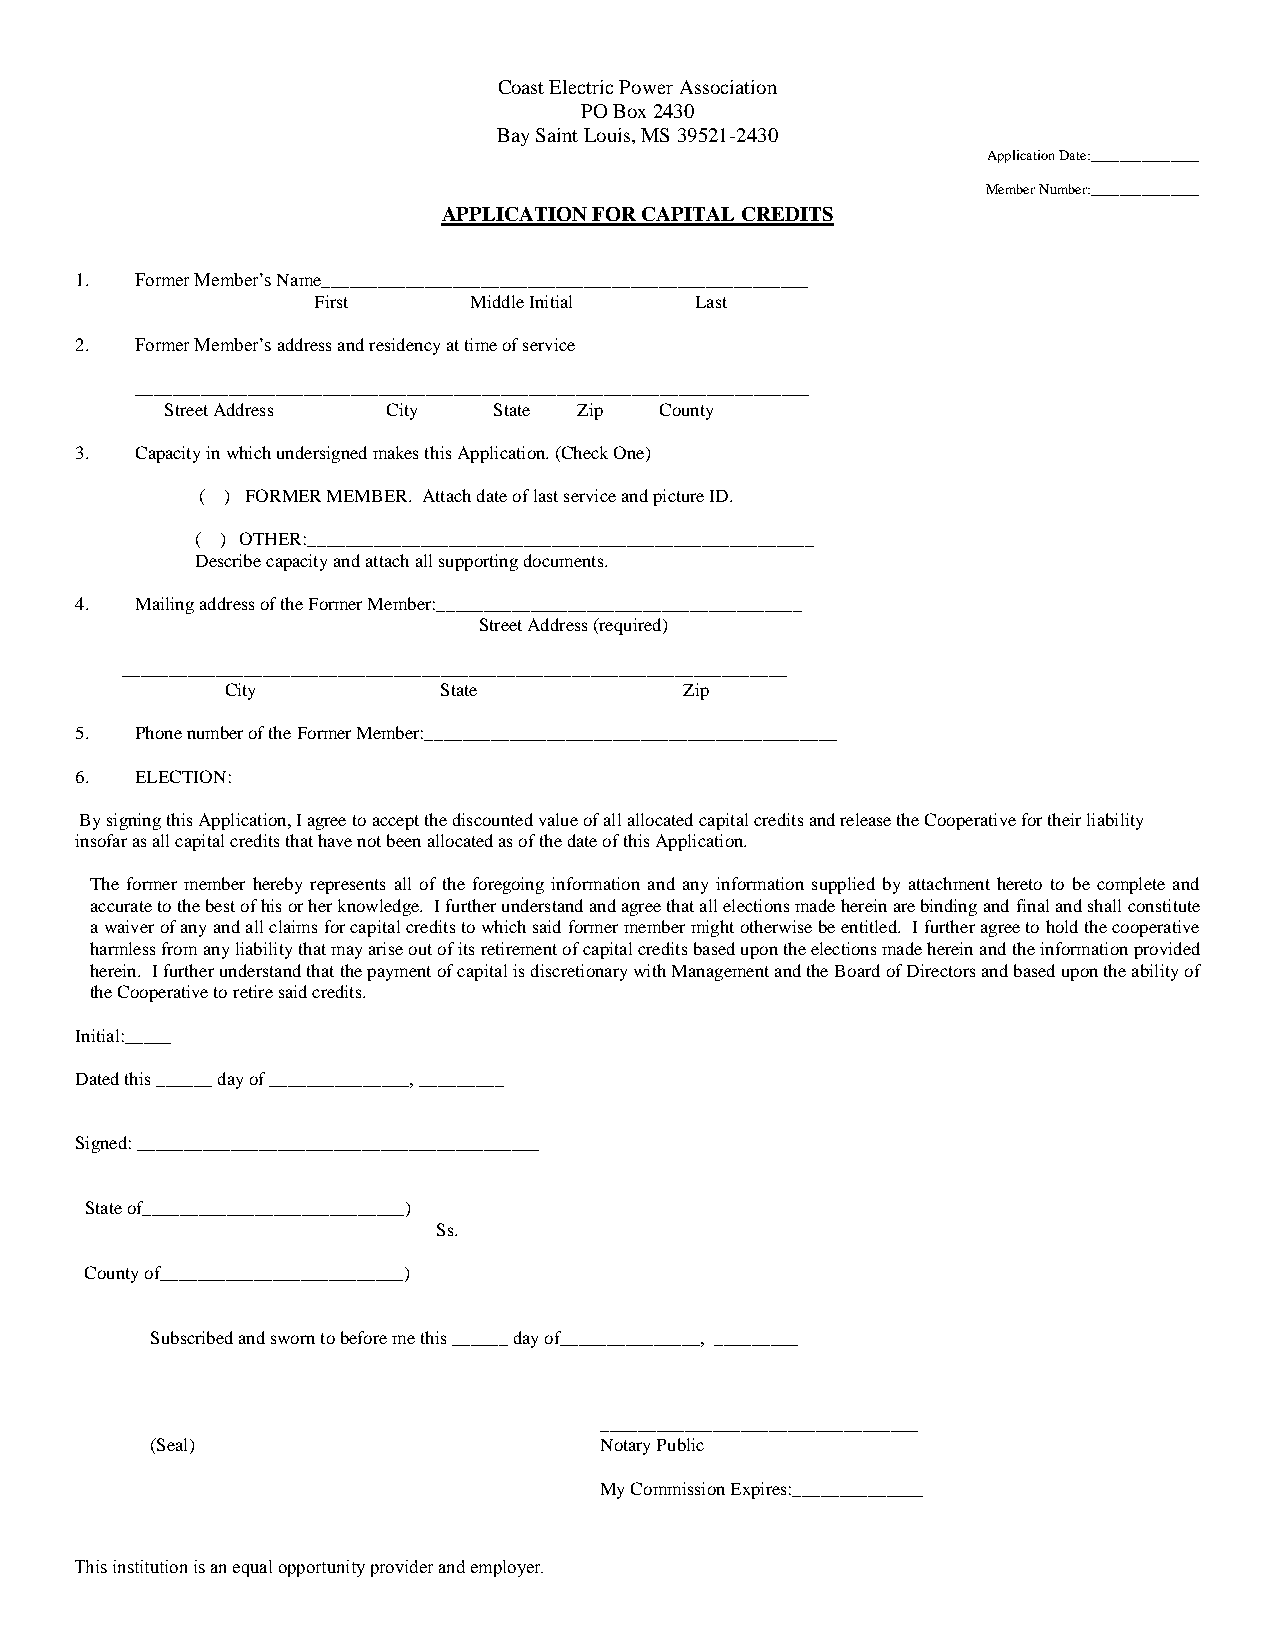
Coast Electric Power Association
 PO Box 2430
 Bay Saint Louis, MS 39521-2430
 Application Date:_______________
 Member Number:_______________
 APPLICATION FOR CAPITAL CREDITS
 1.  Former Member’s Name____________________________________________________
 First     Middle Initial Last
 2.  Former Member’s address and residency at time of service
 ________________________________________________________________________
 Street Address City   State Zip  County
 3.  Capacity in which undersigned makes this Application. (Check One)
 ( ) FORMER MEMBER. Attach date of last service and picture ID.
 ( ) OTHER:______________________________________________________
 Describe capacity and attach all supporting documents.
 4.  Mailing address of the Former Member:_______________________________________
 Street Address (required)
 _______________________________________________________________________
 City          State           Zip
 5.  Phone number of the Former Member:____________________________________________
 6.  ELECTION:
 By signing this Application, I agree to accept the discounted value of all allocated capital credits and release the Cooperative for their liability
 insofar as all capital credits that have not been allocated as of the date of this Application.
 The former member hereby represents all of the foregoing information and any information supplied by attachment hereto to be complete and
 accurate to the best of his or her knowledge. I further understand and agree that all elections made herein are binding and final and shall constitute
 a waiver of any and all claims for capital credits to which said former member might otherwise be entitled. I further agree to hold the cooperative
 harmless from any liability that may arise out of its retirement of capital credits based upon the elections made herein and the information provided
 herein. I further understand that the payment of capital is discretionary with Management and the Board of Directors and based upon the ability of
 the Cooperative to retire said credits.
 Initial:_____
 Dated this ______ day of _______________, _________
 Signed: ___________________________________________
 State of____________________________)
 Ss.
 County of__________________________)
 Subscribed and sworn to before me this ______ day of_______________, _________
 __________________________________
 (Seal)                        Notary Public
 My Commission Expires:______________
 This institution is an equal opportunity provider and employer.